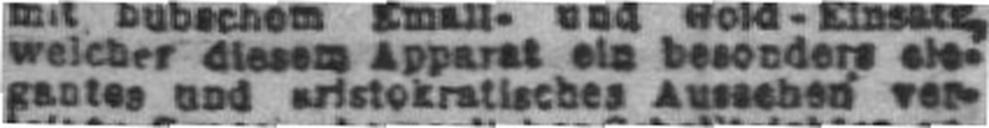
gantes und aristokratisches Aussehen ver¬